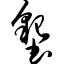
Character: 垦